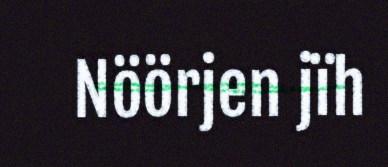
Nöörjen jïh